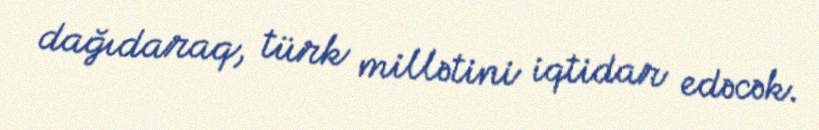
dağıdaraq, türk millətini iqtidar edəcək.